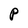
Character: p